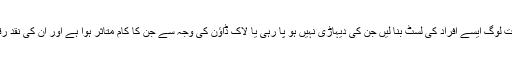
ہر علاقے میں صاحب حیثیت لوگ ایسے افراد کی لسٹ بنا لیں جن کی دیہاڑی نہیں ہو پا رہی یا لاک ڈاؤن کی وجہ سے جن کا کام متاثر ہوا ہے اور ان کی نقد رقم یا راشن سے مدد کر دیں۔